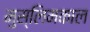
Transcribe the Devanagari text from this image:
मुस्लिमकाल